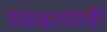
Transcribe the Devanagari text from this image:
पकडल्याची